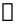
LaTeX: \boldsymbol{\mathscr{R}}